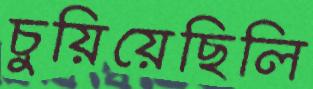
চুয়িয়েছিলি